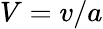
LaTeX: V=v/a